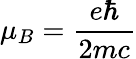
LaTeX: \mu_{B}={\frac{e\hbar}{2mc}}